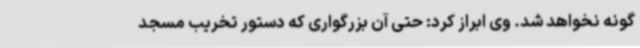
گونه نخواهد شد. وی ابراز کرد: حتی آن بزرگواری که دستور تخریب مسجد